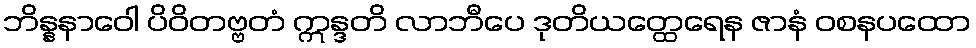
ဘိန္နနာဝေါ ပိဝိတဗ္ဗတံ ဣန္ဒတိ လာဘီပေ ဒုတိယတ္ထေရေန ဇာနံ ဝစနပထော